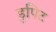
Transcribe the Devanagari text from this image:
डुपिट